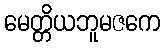
မေတ္တိယဘူမဇကေ